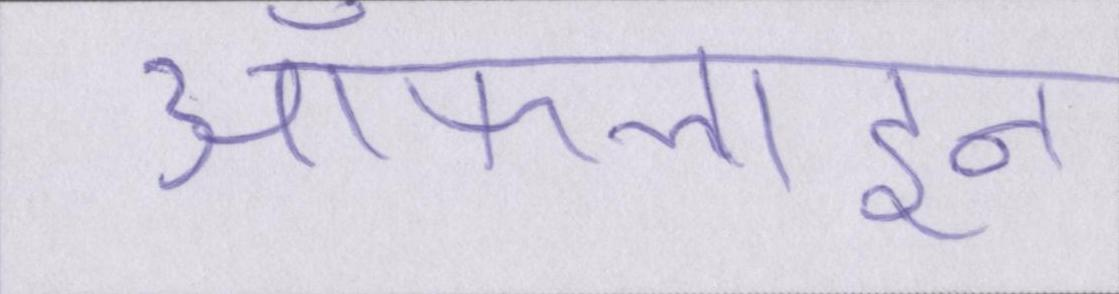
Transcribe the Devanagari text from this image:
ऑफ़लाइन